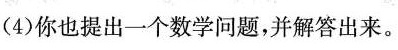
(4)你也提出一个数学问题，并解答出来。